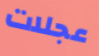
عجلات